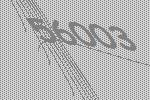
56003